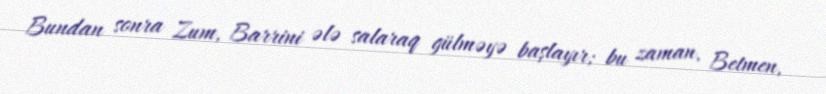
Bundan sonra Zum, Barrini ələ salaraq gülməyə başlayır; bu zaman, Betmen,